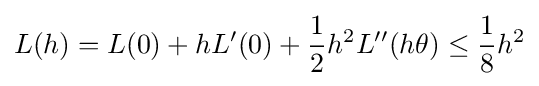
L(h)=L(0)+hL'(0)+{\frac {1}{2}}h^{2}L''(h\theta )\leq {\frac {1}{8}}h^{2}